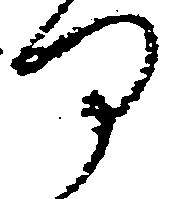
何